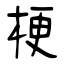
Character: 梗